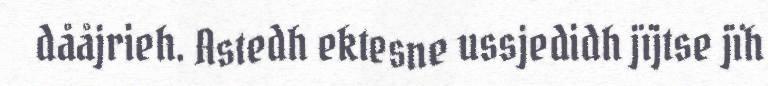
dååjrieh. Astedh ektesne ussjedidh jïjtse jïh